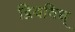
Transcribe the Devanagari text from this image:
द्विवविध्